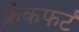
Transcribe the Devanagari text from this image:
फ्रंकफर्ट